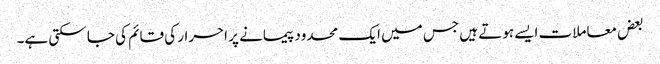
بعض معاملات ایسے ہوتے ہیں جس میں ایک محدود پیمانے پر احرار کی قائم کی جا سکتی ہے۔